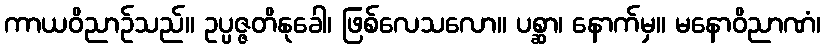
ကာယဝိညာဉ်သည်။ ဥပ္ပဇ္ဇတိနုခေါ၊ ဖြစ်လေသလော။ ပစ္ဆာ၊ နောက်မှ။ မနောဝိညာဏံ၊